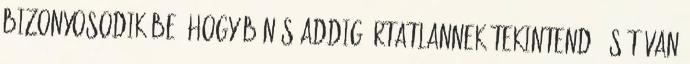
bizonyosodik be, hogy bűnös addig ártatlannek tekintendő. Sőt van